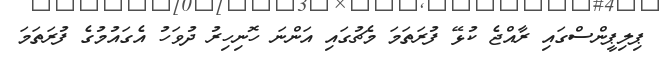
ޕިލިޕީންސްގައި ރާއްޖެ ކުޅޭ ފުރަތަމަ މެޗުގައި އަންނަ ހޮނިހިރު ދުވަހު އެގައުމުގެ ފުރަތަމަ